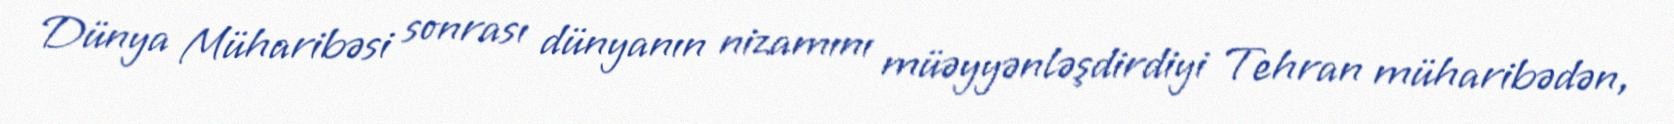
Dünya Müharibəsi sonrası dünyanın nizamını müəyyənləşdirdiyi Tehran müharibədən,